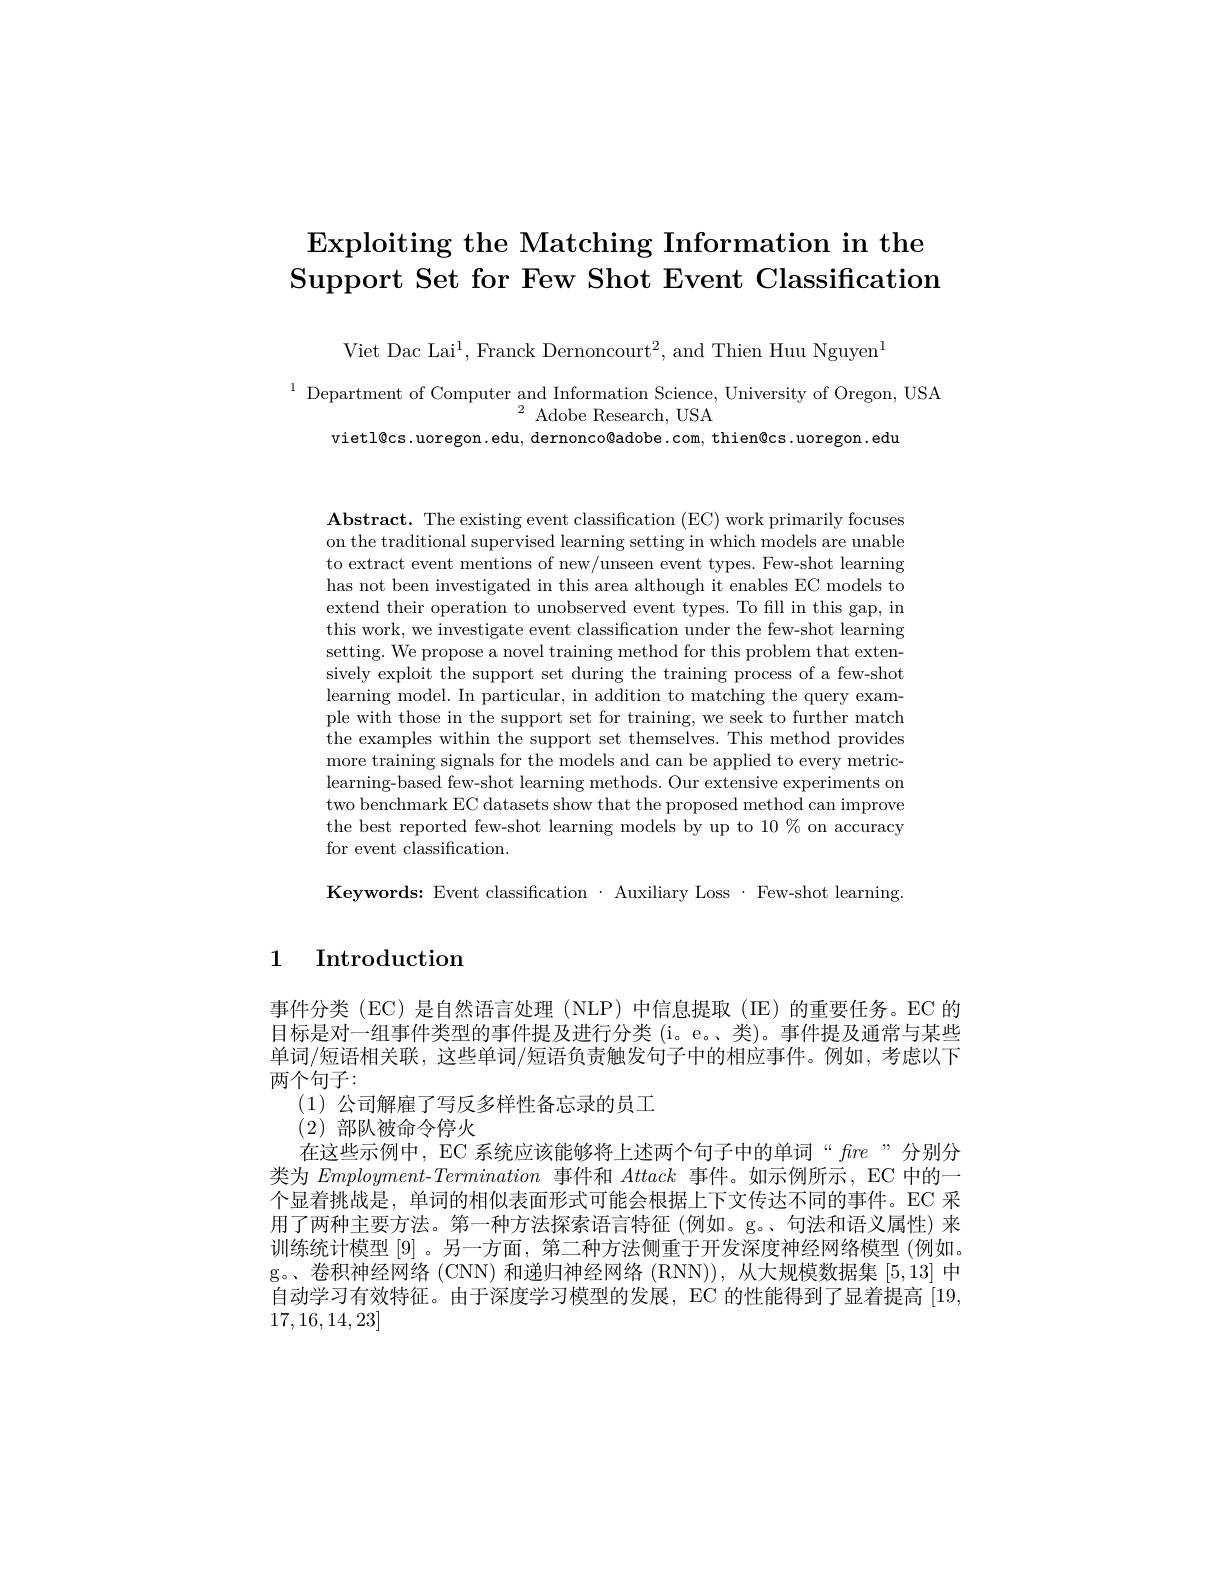
# $\textbf{Exploiting the Matching Information in the}$ Support Set for Few Shot Event Classification

Viet Dac Lai$^1$,Franck Dernoncourt$^2$,and Thien Huu Nguyen$^1$

$^{1}$ Department of Computer and Information Science, University of Oregon, USA
$^{2}{\mathrm{~Adobe~Research,~USA}}$
vietl@cs.uoregon.edu, dernonco@adobe.com, thien@cs.uoregon.edu

$\mathbf{Abstract.~The~existing~event~classification~(EC)~work~primarily~focuses}$ on the traditional supervised learning setting in which models are unable to extract event mentions of new/unseen event types. Few-shot learning has not been investigated in this area although it enables EC models to extend their operation to unobserved event types. To fill in this gap, in this work, we investigate event classification under the few-shot learning setting. We propose a novel training method for this problem that extensively exploit the support set during the training process of a few-shot learning model. In particular, in addition to matching the query example with those in the support set for training, we seek to further match the examples within the support set themselves. This method provides more training signals for the models and can be applied to every metriclearning-based few-shot learning methods. Our extensive experiments on two benchmark EC datasets show that the proposed method can improve the best reported few-shot learning models by up to 10% on accuracy for event classification.

Keywords: Event classification · Auxiliary Loss · Few-shot learning

# 1 Introduction

事件分类 (EC) 是自然语言处理 (NLP) 中信息提取 (IE) 的重要任务。EC 的目标是对一组事件类型的事件提及进行分类 (i。e。、类)。事件提及通常与某些单词/短语相关联，这些单词/短语负责触发句子中的相应事件。例如，考虑以下两个句子：
(1)公司解雇了写反多样性备忘录的员工
(2)部队被命令停火
在这些示例中，EC 系统应该能够将上述两个句子中的单词“fre”分别分类为$Employment-Termination$事件和Attack事件。如示例所示，EC 中的一个显着挑战是，单词的相似表面形式可能会根据上下文传达不同的事件。EC 采用了两种主要方法。第一种方法探索语言特征(例如。g。句法和语义属性)来训练统计模型 [9]。另一方面，第二种方法侧重于开发深度神经网络模型 (例如。g。、卷积神经网络 (CNN) 和递归神经网络 (RNN)), 从大规模数据集[5,13]中自动学习有效特征。由于深度学习模型的发展，EC 的性能得到了显着提高 [19, 17,16,14,23]